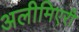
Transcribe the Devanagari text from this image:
अलीमिएरी